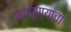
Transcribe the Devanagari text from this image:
पापपुण्याचा